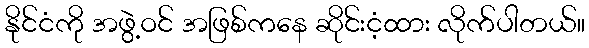
နိုင်ငံကို အဖွဲ့ဝင် အဖြစ်ကနေ ဆိုင်းငံ့ထား လိုက်ပါတယ်။